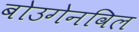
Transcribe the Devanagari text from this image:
बोउगेनविल